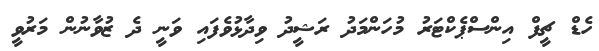
ހެޑް ޗީފް އިންސްޕެކްޓަރު މުހަންމަދު ރަޝީދު ވިދާޅުވެފައި ވަނީ ދެ ޒުވާނުން މަރުވީ